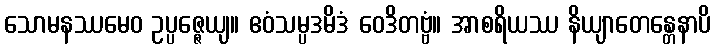
သောမနဿမေဝ ဥပ္ပဇ္ဇေယျ။ ဧဝံသမ္ပဒမိဒံ ဝေဒိတဗ္ဗံ။ အာစရိယဿ နိယျာတေန္တေနာပိ